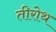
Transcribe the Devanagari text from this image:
तीरोथ